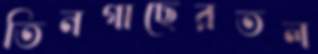
তিনগাছেরতল